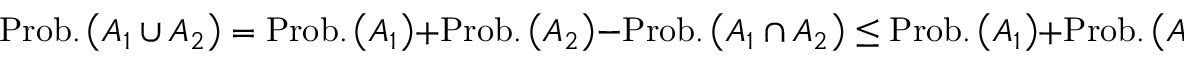
\mathrm { P r o b . } \left( A _ { 1 } \cup A _ { 2 } \right) = \mathrm { P r o b . } \left( A _ { 1 } \right) + \mathrm { P r o b . } \left( A _ { 2 } \right) - \mathrm { P r o b . } \left( A _ { 1 } \cap A _ { 2 } \right) \le \mathrm { P r o b . } \left( A _ { 1 } \right) + \mathrm { P r o b . } \left( A _ { 2 } \right)